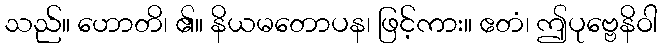
သည်။ ဟောတိ၊ ၏။ နိယမတောပန၊ ဖြင့်ကား။ ဧတံ၊ ဤပုဗ္ဗေနိဝါ